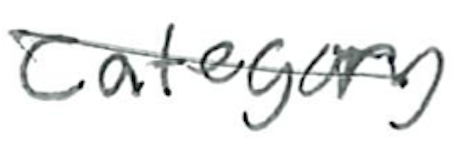
Text: Category
Cross-out: mix
Writing tool: ballpoint